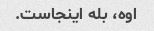
اوه، بله اینجاست.